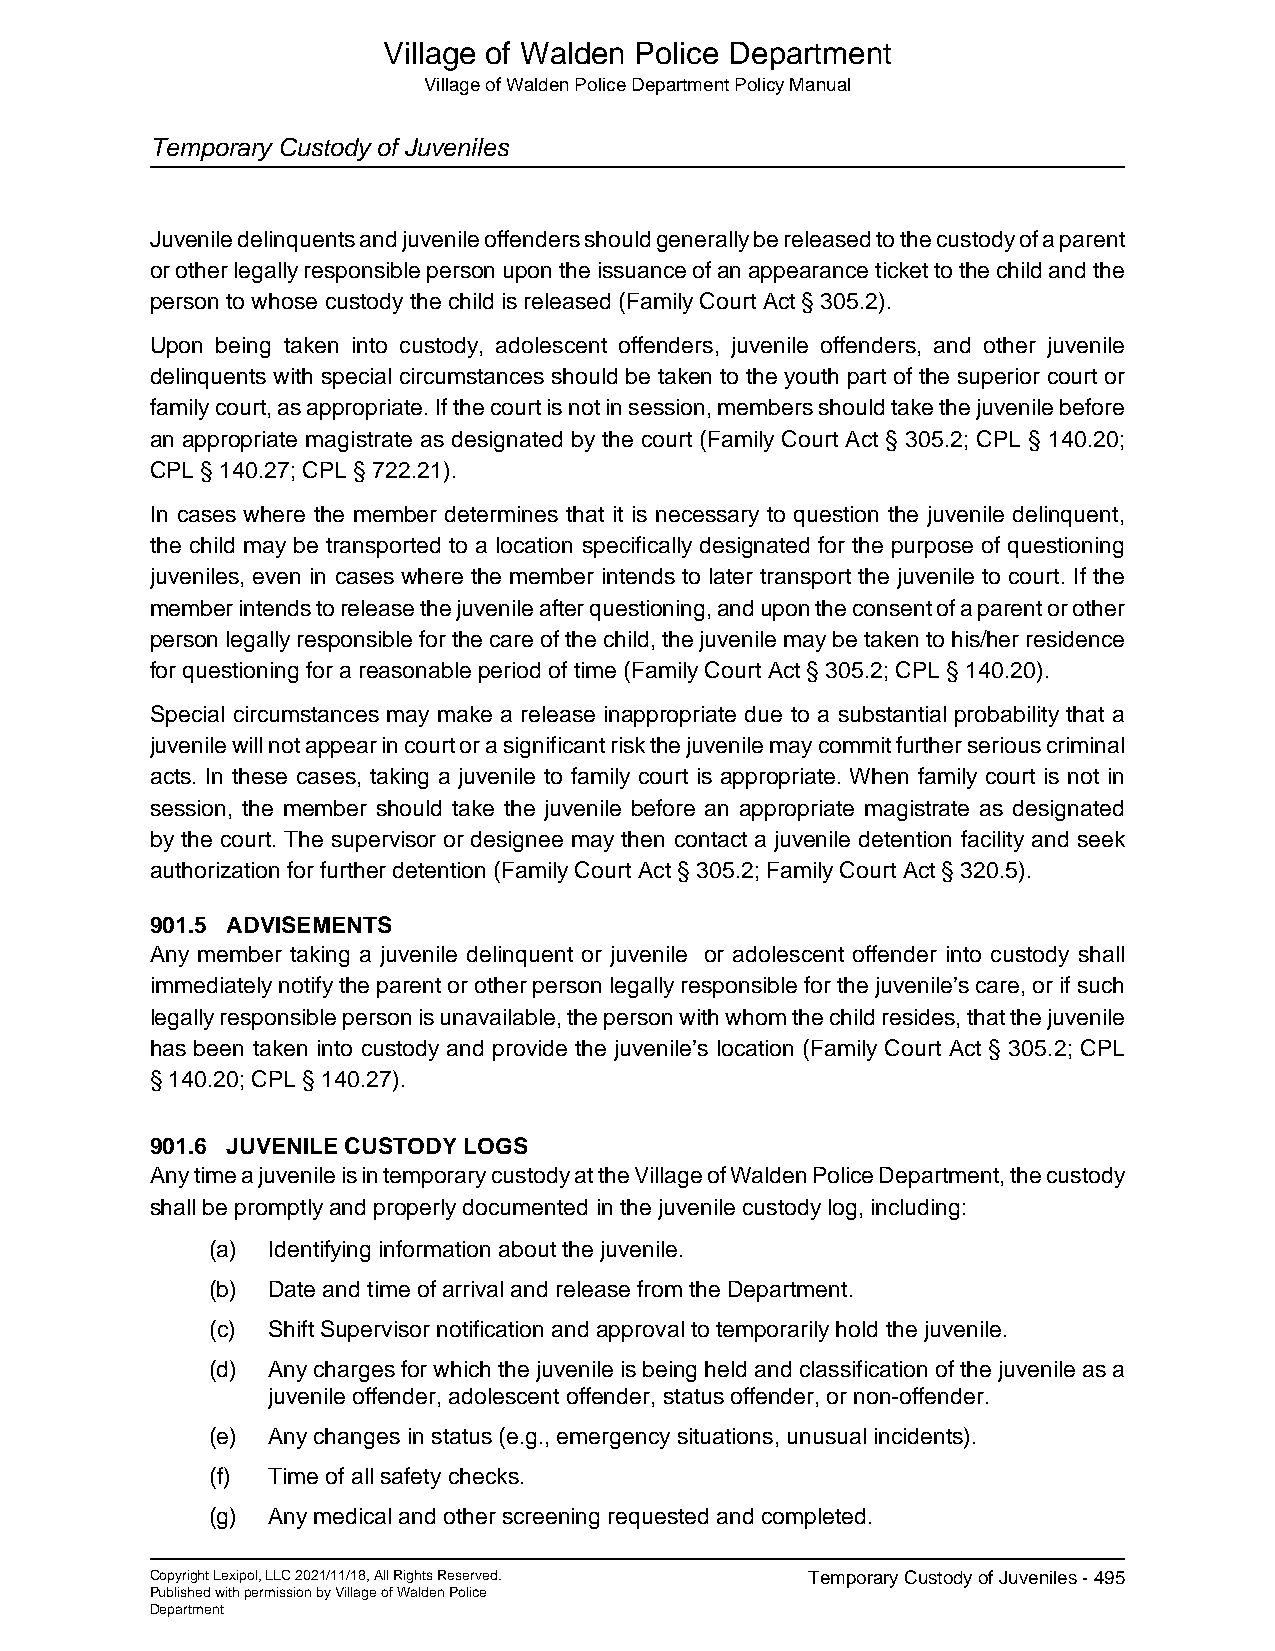
Village of Walden Police Department
 Village of Walden Police Department Policy Manual
 Temporary Custody of Juveniles
 Juvenile delinquents and juvenile offenders should generally be released to the custody of a parent
 or other legally responsible person upon the issuance of an appearance ticket to the child and the
 person to whose custody the child is released (Family Court Act § 305.2).
 Upon being taken into custody, adolescent offenders, juvenile offenders, and other juvenile
 delinquents with special circumstances should be taken to the youth part of the superior court or
 family court, as appropriate. If the court is not in session, members should take the juvenile before
 an appropriate magistrate as designated by the court (Family Court Act § 305.2; CPL § 140.20;
 CPL § 140.27; CPL § 722.21).
 In cases where the member determines that it is necessary to question the juvenile delinquent,
 the child may be transported to a location specifically designated for the purpose of questioning
 juveniles, even in cases where the member intends to later transport the juvenile to court. If the
 member intends to release the juvenile after questioning, and upon the consent of a parent or other
 person legally responsible for the care of the child, the juvenile may be taken to his/her residence
 for questioning for a reasonable period of time (Family Court Act § 305.2; CPL § 140.20).
 Special circumstances may make a release inappropriate due to a substantial probability that a
 juvenile will not appear in court or a significant risk the juvenile may commit further serious criminal
 acts. In these cases, taking a juvenile to family court is appropriate. When family court is not in
 session, the member should take the juvenile before an appropriate magistrate as designated
 by the court. The supervisor or designee may then contact a juvenile detention facility and seek
 authorization for further detention (Family Court Act § 305.2; Family Court Act § 320.5).
 901.5 ADVISEMENTS
 Any member taking a juvenile delinquent or juvenile or adolescent offender into custody shall
 immediately notify the parent or other person legally responsible for the juvenile’s care, or if such
 legally responsible person is unavailable, the person with whom the child resides, that the juvenile
 has been taken into custody and provide the juvenile’s location (Family Court Act § 305.2; CPL
 § 140.20; CPL § 140.27).
 901.6 JUVENILE CUSTODY LOGS
 Any time a juvenile is in temporary custody at the Village of Walden Police Department, the custody
 shall be promptly and properly documented in the juvenile custody log, including:
 (a) Identifying information about the juvenile.
 (b) Date and time of arrival and release from the Department.
 (c) Shift Supervisor notification and approval to temporarily hold the juvenile.
 (d) Any charges for which the juvenile is being held and classification of the juvenile as a
 juvenile offender, adolescent offender, status offender, or non-offender.
 (e) Any changes in status (e.g., emergency situations, unusual incidents).
 (f) Time of all safety checks.
 (g) Any medical and other screening requested and completed.
 Copyright Lexipol, LLC 2021/11/18, All Rights Reserved. Temporary Custody of Juveniles - 495
 Published with permission by Village of Walden Police
 Department